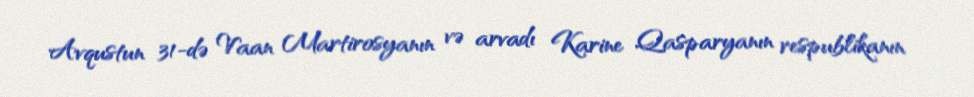
Avqustun 31-də Vaan Martirosyanın və arvadı Karine Qasparyanın respublikanın